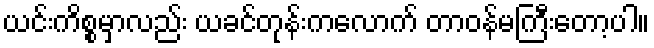
ယင်းကိစ္စမှာလည်း ယခင်တုန်းကလောက် တာဝန်မကြီးတော့ပါ။